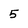
Character: 5